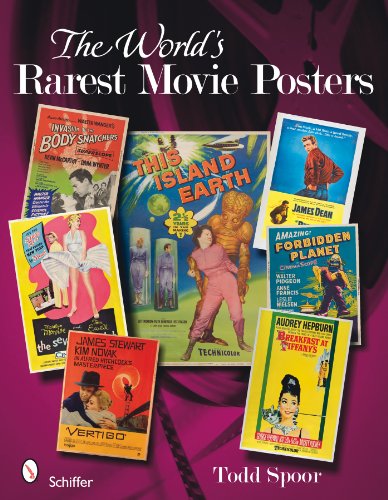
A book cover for The World's Rarest Movie Posters; Todd Spoor; Crafts, Hobbies & Home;